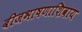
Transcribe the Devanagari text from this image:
बीजभाषणाशिवाय